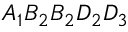
A _ { 1 } B _ { 2 } B _ { 2 } D _ { 2 } D _ { 3 }